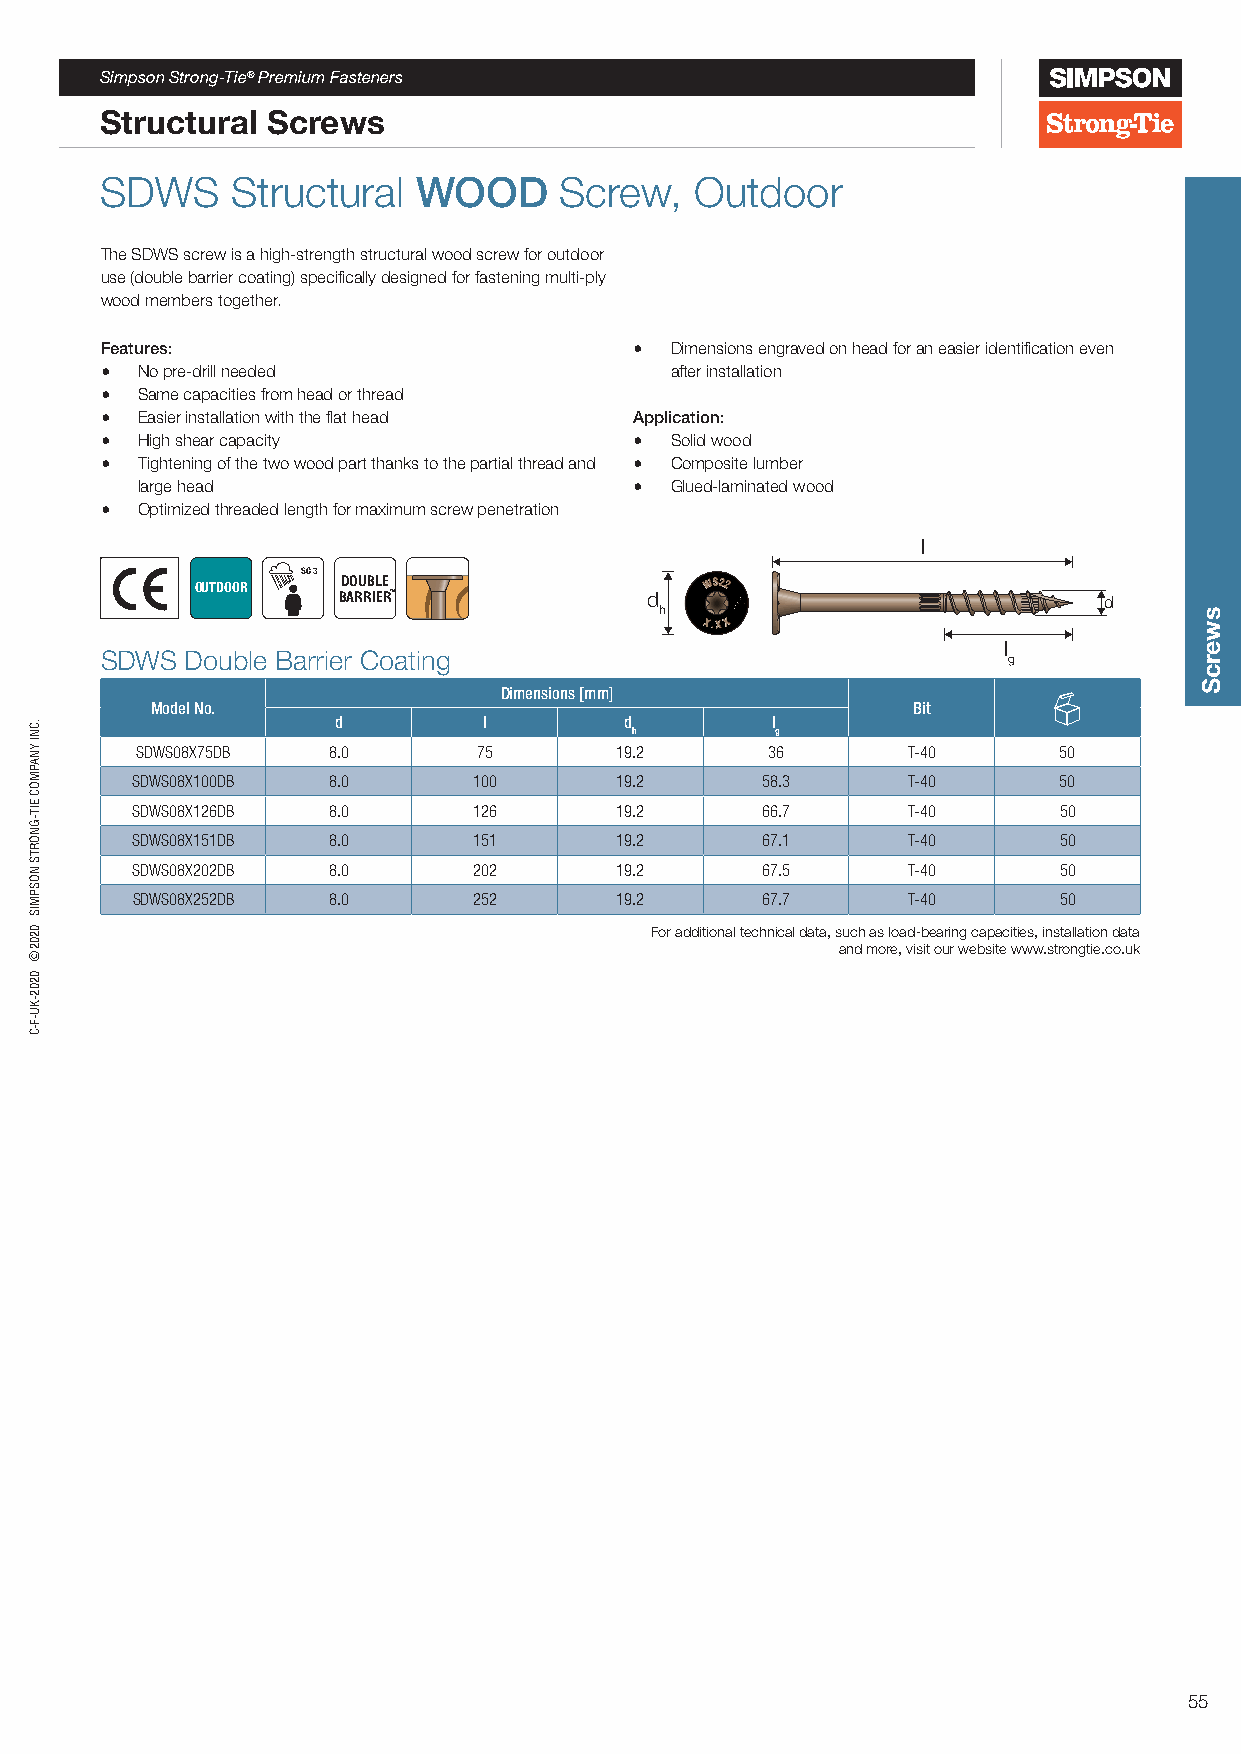
Simpson Strong-Tie® Premium Fasteners
 Structural Screws
 SDWS    Structural  WOOD      Screw,   Outdoor
 The SDWS screw is a high-strength structural wood screw for outdoor
 use (double barrier coating) specifically designed for fastening multi-ply
 wood members together.
 Features:                          • Dimensions engraved on head for an easier identification even
 • No pre-drill needed                after installation
 • Same capacities from head or thread
 • Easier installation with the flat head Application:
 • High shear capacity              • Solid wood
 • Tightening of the two wood part thanks to the partial thread and • Composite lumber
 large head                       • Glued-laminated wood
 • Optimized threaded length for maximum screw penetration
 l
 SC 3
 OUTDOOR   DOUBLE
 BARRIER™             d                             d
 h
 l
 SDWS Double Barrier Coating                                 g
 Dimensions [mm]
 Model No.                                         Bit
 d         l        d         l
 h        g
 SDWS08X75DB  8.0       75       19.2      36       T-40      50
 SDWS08X100DB 8.0      100       19.2     58.3      T-40      50
 SDWS08X126DB 8.0      126       19.2     66.7      T-40      50
 SDWS08X151DB 8.0      151       19.2     67.1      T-40      50
 SDWS08X202DB 8.0      202       19.2     67.5      T-40      50
 SDWS08X252DB 8.0      252       19.2     67.7      T-40      50
 For additional technical data, such as load-bearing capacities, installation data
 and more, visit our website www.strongtie.co.uk
 55
 .CNI
 YNAPMOC
 EIT-GNORTS
 NOSPMIS
 0202©
 0202-KU-F-C
 swercS